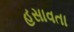
હસાવતા